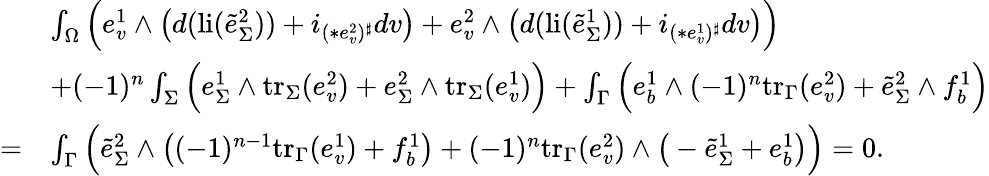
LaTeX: \begin{array}{rl}&{\int_{\Omega}\Big(e_{v}^{1}\wedge\big(d(\mathrm{li}(\tilde{e}_{\Sigma}^{2}))+i_{(\ast e_{v}^{2})^{\sharp}}dv\big)+e_{v}^{2}\wedge\big(d(\mathrm{li}(\tilde{e}_{\Sigma}^{1}))+i_{(\ast e_{v}^{1})^{\sharp}}dv\big)\Big)}\\ &{+(-1)^{n}\int_{\Sigma}\Big(e_{\Sigma}^{1}\wedge\mathrm{tr}_{\Sigma}(e_{v}^{2})+e_{\Sigma}^{2}\wedge\mathrm{tr}_{\Sigma}(e_{v}^{1})\Big)+\int_{\Gamma}\Big(e_{b}^{1}\wedge(-1)^{n}\mathrm{tr}_{\Gamma}(e_{v}^{2})+\tilde{e}_{\Sigma}^{2}\wedge f_{b}^{1}\Big)}\\ {=}&{\int_{\Gamma}\Big(\tilde{e}_{\Sigma}^{2}\wedge\big((-1)^{n-1}\mathrm{tr}_{\Gamma}(e_{v}^{1})+f_{b}^{1}\big)+(-1)^{n}\mathrm{tr}_{\Gamma}(e_{v}^{2})\wedge\big(-\tilde{e}_{\Sigma}^{1}+e_{b}^{1}\big)\Big)=0.}\end{array}